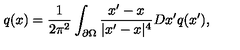
q ( x ) = { \frac { 1 } { 2 \pi ^ { 2 } } } \int _ { \partial \Omega } { \frac { x ^ { \prime } - x } { | x ^ { \prime } - x | ^ { 4 } } } D x ^ { \prime } q ( x ^ { \prime } ) ,